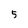
Character: 5